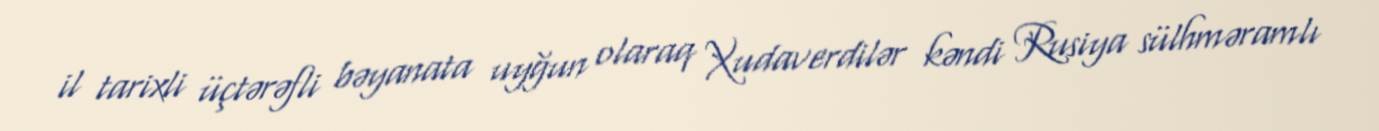
il tarixli üçtərəfli bəyanata uyğun olaraq Xudaverdilər kəndi Rusiya sülhməramlı